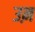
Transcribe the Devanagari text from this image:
उऩ